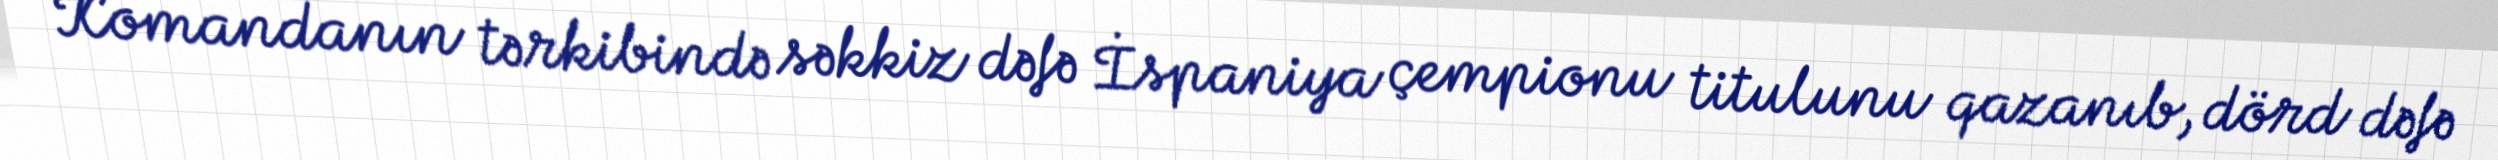
Komandanın tərkibində səkkiz dəfə İspaniya çempionu titulunu qazanıb, dörd dəfə